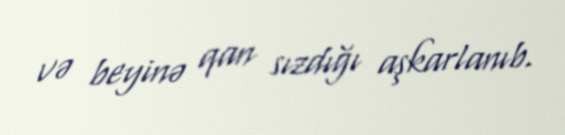
və beyinə qan sızdığı aşkarlanıb.